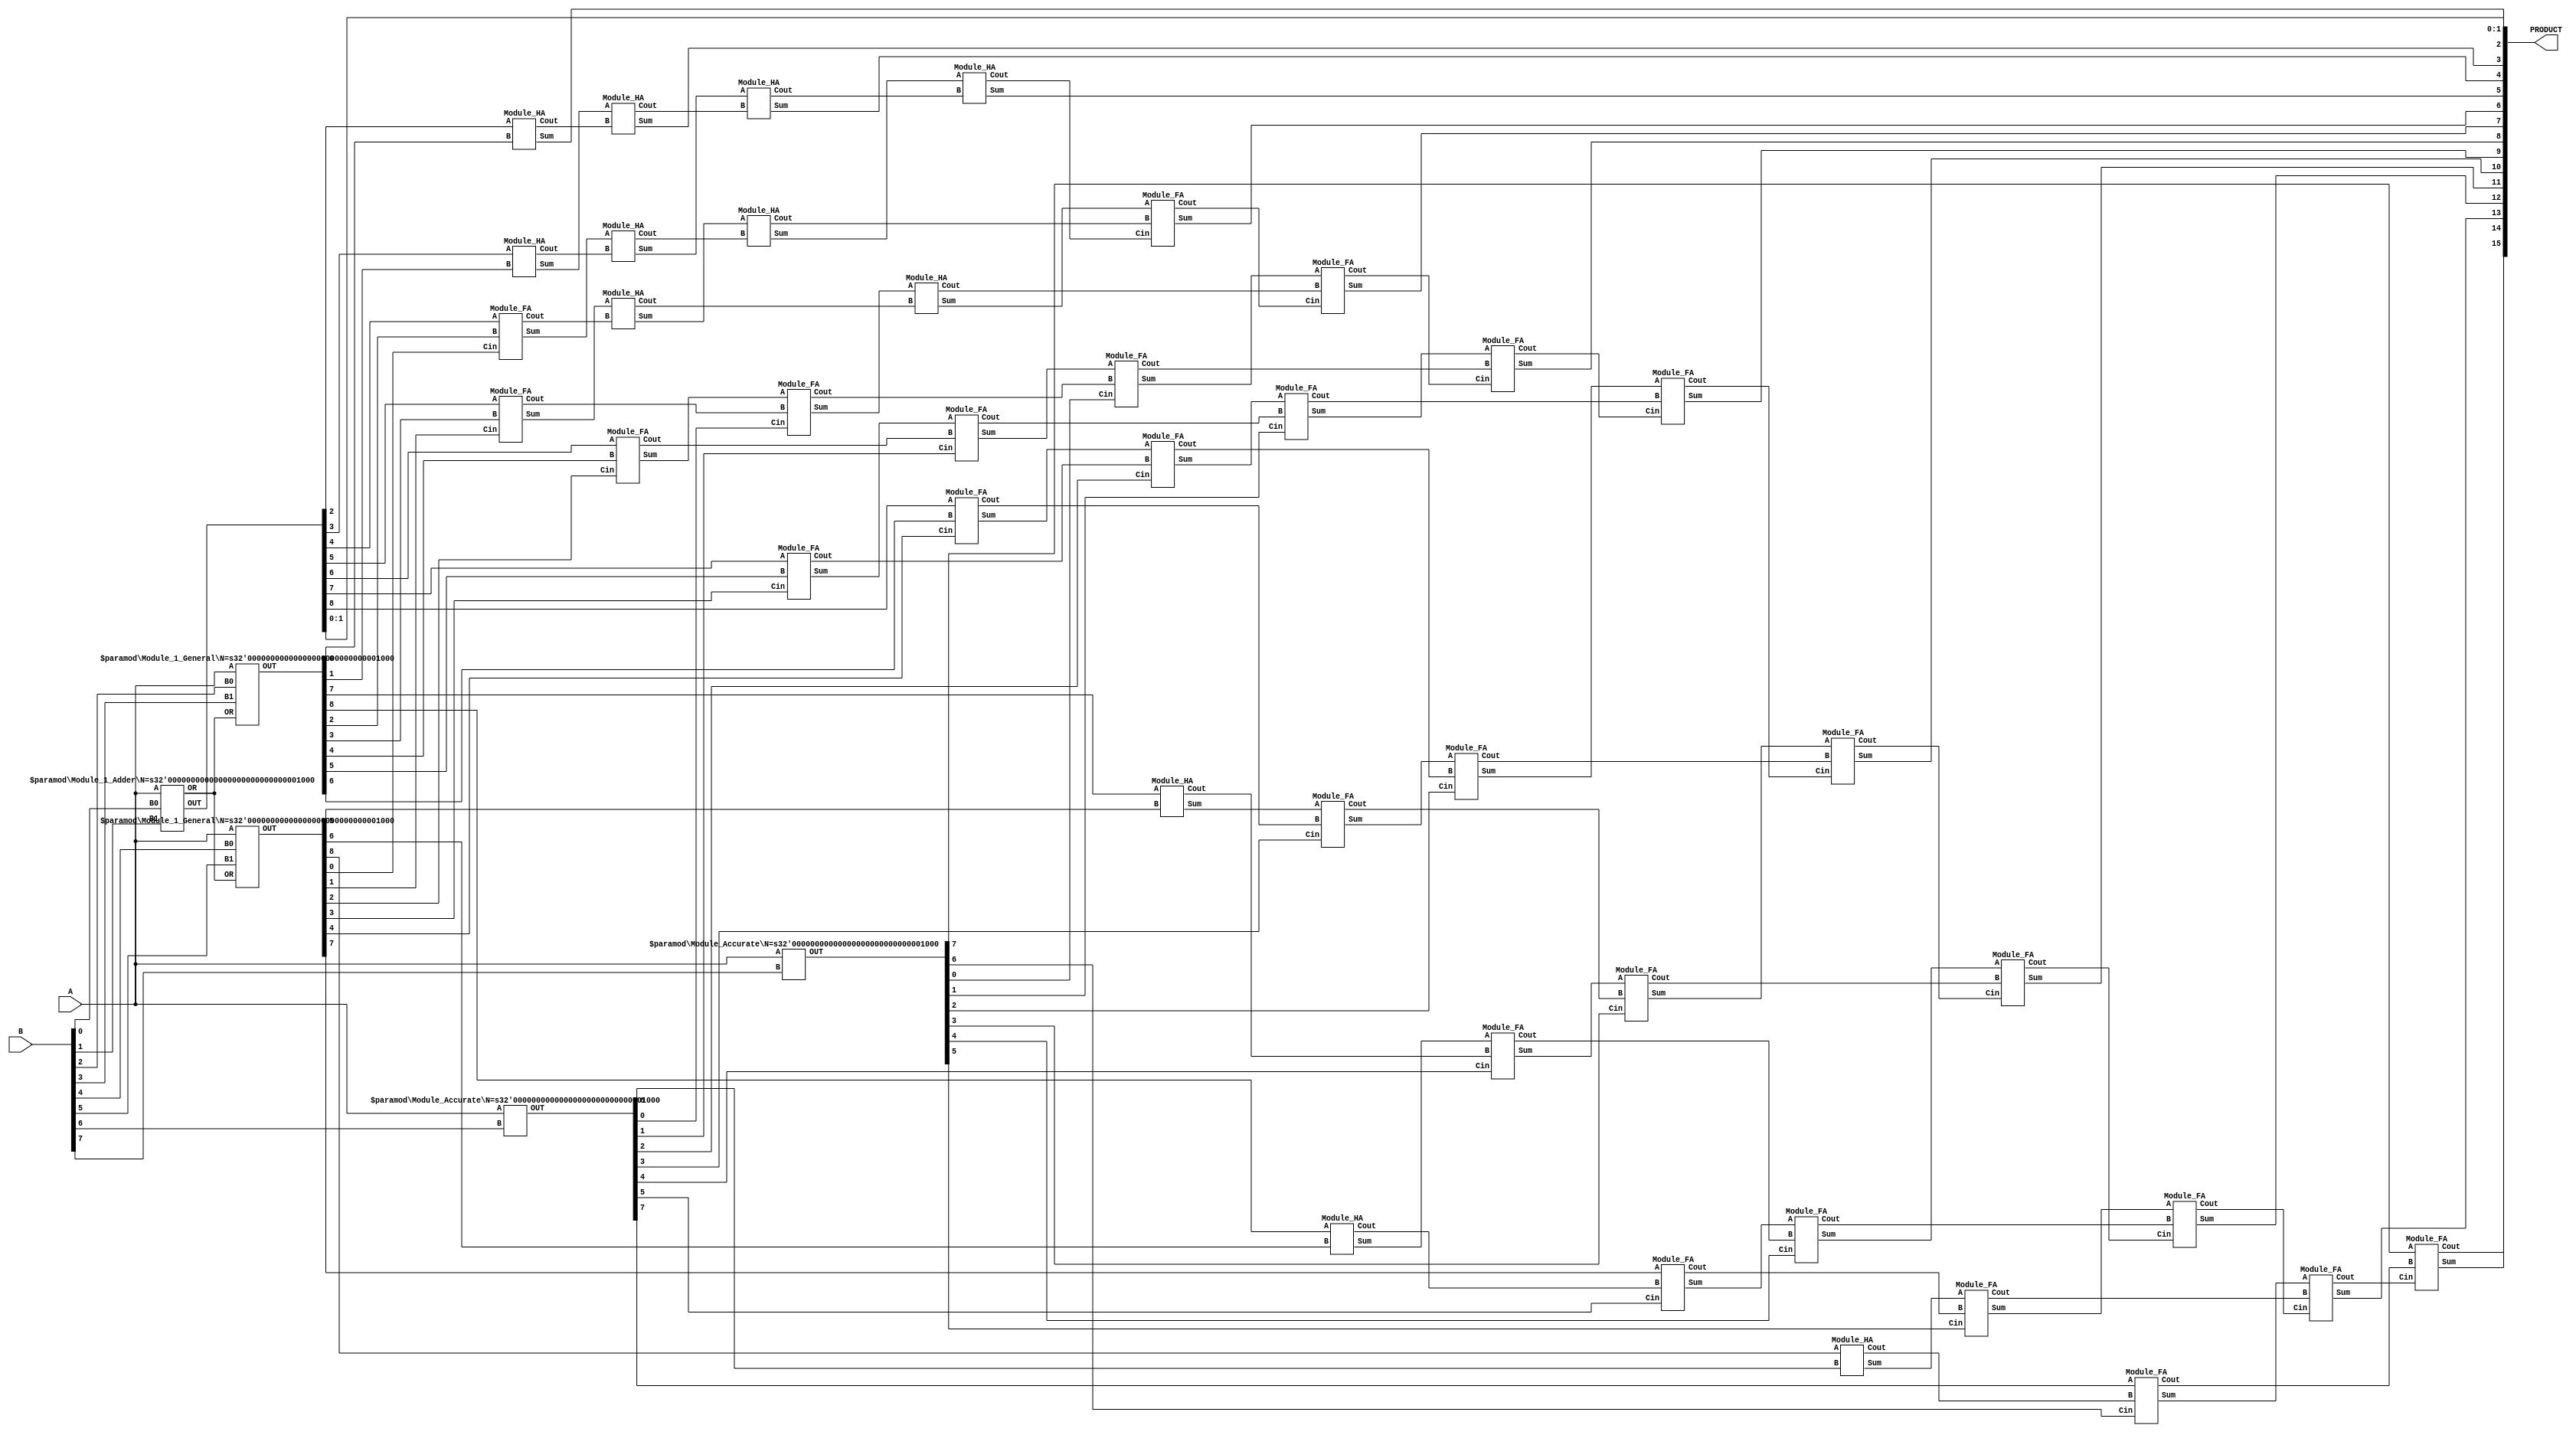
`timescale 1ns / 1ps

// Collaborators : Anil Kumar Uppugunduru, Kavya Radhakrishnan, Mythreye Venkatesan, Dr. Syed Ershad Ahmed
// Dependencies : Simple Testbench to generate simulation results if required
// Functionality : DeBAM verilog design sources to ascertain h/w utilization metrics
// TODO : Clean up code

// PARAMETERS DESCRIPTION
// N = Multiplier bitwidth
// M = Number of Accurate blocks (description in publication DeBAM)

module DeBAM_top #(parameter N=8, M=2)(A,B,PRODUCT);
    input [N-1:0] A;
    input [N-1:0] B;
    output [2*N-1:0] PRODUCT;

    wire [N-1:1] OR;
    wire [N:0] Out [(N-M)/2-1:0]   ;
    wire [N-1:0] Out_Acc [M-1:0]   ;
    wire [(N-M)/2-3+N:0] carry  ;     // Partial Product Reduction wires

    //  PARTIAL PRODUCT GENERATION (PPG) STAGE

    // ################### Seed Inaccurate Block #########################
    Module_1_Adder  #(N) A1  (A,B[0],B[1],OR,Out[0]); // Seed Block
    // Kept separate as it has OR logic

    // ##################### Inaccurate Blocks ###########################
        genvar i;
    generate
        for (i=1;i<(N-M)/2;i=i+1)
        begin
         Module_1_General #(N) Ax (A,B[i*2],B[i*2+1],OR,Out[i]);
        end
    endgenerate


    // ##################### Accurate Blocks ###########################

    generate
        for (i=0;i<M;i=i+1)
        begin
         Module_Accurate #(N) Ax (A,B[N-M+i],Out_Acc[i]);
        end
    endgenerate



    // PARTIAL PRODUCT REDUCTION (PPR) Stage

// Here the minimum number of Inaccurate blocks is 3 becaue this statement is always executed

    wire [N+2+(((N-M)/2)-3):0] inter_sum [((N-M)/2)-3+M:0]  ;
    wire [N+1+(((N-M)/2)-3):0] inter_carry [((N-M)/2)-3+M:0] ;
    //Partial product reduction - Stage 1
    assign PRODUCT[1:0] = Out[0][1:0];
    Module_HA H11 (Out[0][2],Out[1][0],inter_sum[0][0],inter_carry[0][0]);
    Module_HA H12 (Out[0][3],Out[1][1],inter_sum[0][1],inter_carry[0][1]);
    generate
        for (i=2;i<N-1;i=i+1)
        begin
         Module_FA F1x (Out[0][i+2],Out[1][i],Out[2][i-2],inter_sum[0][i],inter_carry[0][i]);
        end
    endgenerate

    Module_HA H13 (Out[1][N-1],Out[2][N-3],inter_sum[0][N-1],inter_carry[0][N-1]);
    Module_HA H14 (Out[1][N],Out[2][N-2],inter_sum[0][N],inter_carry[0][N]);
    assign inter_sum[0][N+2:N+1] = Out[2][N:N-1];

// Generic CSA blocks incase there are more than 3 inaccurate blocks
    genvar j,k;
        generate
        for (k=1;k<((N-M)/2)-2;k=k+1)
        begin
         assign PRODUCT [k+1] = inter_sum[k-1][0];
            for (j=1;j<k+3;j=j+1)
            begin
                 Module_HA Hx__ (inter_sum[k-1][j],inter_carry[k-1][j-1],inter_sum[k][j-1],inter_carry[k][j-1]);
            end
            for (i=k+3;i<k+N+1;i=i+1)
            begin
                 Module_FA F1x (inter_sum[k-1][i],inter_carry[k-1][i-1],Out[2+k][i-k-3],inter_sum[k][i-1],inter_carry[k][i-1]);
            end
            Module_HA Hx_int (inter_sum[k-1][k+N+1],Out[2+k][N-2],inter_sum[k][k+N],inter_carry[k][k+N]);
                assign inter_sum[k][k+N+2:k+N+1] = Out[2+k][N:N-1];
            end
    endgenerate

// Seed Accurate Block
    assign PRODUCT [((N-M)/2)-2+1] = inter_sum[(N-M)/2-3][0];
    for (j=1; j<(N-M)/2+1; j=j+1)
    begin
     Module_HA Hxa_ (inter_sum[(N-M)/2-3][j],inter_carry[(N-M)/2-3][j-1],inter_sum[(N-M)/2-2][j-1],inter_carry[(N-M)/2-2][j-1]);
    end
    for (i=(N-M)/2+1; i<(N-M)/2-3+N+2; i=i+1)
    begin
     Module_FA F1xa_ (inter_sum[(N-M)/2-3][i],inter_carry[(N-M)/2-3][i-1],Out_Acc[0][i-(N-M)/2-1],inter_sum[(N-M)/2-2][i-1],inter_carry[(N-M)/2-2][i-1]);
    end
    Module_HA Hxa_ (inter_sum[(N-M)/2-3][(N-M)/2-3+N+2],Out_Acc[0][N-2],inter_sum[(N-M)/2-2][(N-M)/2-3+N+2-1],inter_carry[(N-M)/2-2][(N-M)/2-3+N+2-1]);
    assign inter_sum [(N-M)/2-2][(N-M)/2-3+N+2] = Out_Acc[0][N-1];

// Generic Accurate CSA if More than 1 accurate block outputs are present
    generate
        for (k=1; k<M; k=k+1)
        begin
            assign PRODUCT [k+((N-M)/2)-2+1] = inter_sum[(N-M)/2-3+k][0];
            for (j=1; j<(N-M)/2+1; j=j+1)
            begin
             Module_HA Hxag_ (inter_sum[(N-M)/2-3+k][j],inter_carry[(N-M)/2-3+k][j-1],inter_sum[(N-M)/2-3+k+1][j-1],inter_carry[(N-M)/2-3+k+1][j-1]);
            end
            for (i=(N-M)/2+1; i<(N-M)/2-3+N+2+1; i=i+1)
            begin
             Module_FA F1xag_ (inter_sum[(N-M)/2-3+k][i],inter_carry[(N-M)/2-3+k][i-1],Out_Acc[k][i-(N-M)/2-1],inter_sum[(N-M)/2-2+k][i-1],inter_carry[(N-M)/2-2+k][i-1]);
            end
            assign inter_sum[(N-M)/2-2+k][(N-M)/2-3+N+2+1-1] = Out_Acc[k][N-1] ;
        end
    endgenerate



// Final product calculation using a ripple carry adder

    assign PRODUCT [M+((N-M)/2)-2+1] = inter_sum[(N-M)/2-3+M][0];
    Module_HA HAf (inter_sum[(N-M)/2-3+M][1],inter_carry[(N-M)/2-3+M][0],PRODUCT[M+((N-M)/2)-2+2],carry[0]);
    generate
        for(i=1;i<((N-M)/2-3+N+1);i=i+1)
            begin
            Module_FA FAf (inter_sum[(N-M)/2-3+M][i+1],inter_carry[(N-M)/2-3+M][i],carry[i-1],PRODUCT[M+((N-M)/2)-2+2+i],carry[i]);
            end
    endgenerate
    Module_FA FAfL (inter_sum[(N-M)/2-3+M][(N-M)/2-3+N+2],inter_carry[(N-M)/2-3+M][(N-M)/2-3+N+1],carry[(N-M)/2-3+N],PRODUCT[M+((N-M)/2)+(N-M)/2-3+N+1],PRODUCT[M+((N-M)/2)+(N-M)/2-3+N+1+1]);

endmodule


// ########################## Sub Modules ################################

// DeBAM Logic block with output OR logic (Reused in other Decoder logic blocks)
module Module_1_Adder #(parameter N=8)(A,B0,B1,OR,OUT);
    input [N-1:0] A;
    input B0;
    input B1;
    output [N-1:1] OR;
    output [N:0] OUT;

    wire NB0,NB1,aB,Ab,AB;            // always defined
    wire [N-1:0] G1;
    wire [N:1] G2;
    wire [N:0] G3;



    //Decoder part
    not X(NB0,B0);
    not Y(NB1,B1);
    and A0(aB,NB1,B0);
    and A1(Ab,B1,NB0);
    and A2(AB,B1,B0);

    //Case 01 outputs
    genvar i;
    generate
        for (i=0;i<N;i=i+1)
        begin
        and aBx (G1[i],aB,A[i]);
        end
    endgenerate


    //Case 10 outputs
    generate
        for (i=0;i<N;i=i+1)
        begin
        and Abx (G2[i+1],Ab,A[i]);
        end
    endgenerate


    //OR outputs for case 11
    generate
        for (i=1;i<N;i=i+1)
        begin
        or ORx (OR[i],A[i],A[i-1]);
        end
    endgenerate


    //Case 11 outputs
     and AB0(G3[0],AB,A[0]);
        generate
        for (i=1;i<N;i=i+1)
        begin
        and ABx (G3[i],AB,OR[i]);
        end
    endgenerate
    and AB8(G3[N],AB,A[N-1]);


    //Calculating final product of 8*2 block

    or outN(OUT[N],G2[N],G3[N]);

    generate
        for (i=1;i<N;i=i+1)
        begin
        or outx (OUT[i],G3[i],G2[i],G1[i]);
        end
    endgenerate


    or out0 (OUT[0],G3[0],G1[0]);

endmodule

// DeBAM Logic block with input OR logic (Reuses OR values from seed block)
module Module_1_General#(parameter N=8)(A,B0,B1,OR,OUT);
    input [N-1:0] A;
    input B0;
    input B1;
    input [N-1:1] OR;
    output [N:0] OUT;

    wire NB0,NB1,aB,Ab,AB;            // always defined
    wire [N-1:0] G1;
    wire [N:1] G2;
    wire [N:0] G3;


    //Decoder part

    not X(NB0,B0);
    not Y(NB1,B1);
    and A0(aB,NB1,B0);
    and A1(Ab,B1,NB0);
    and A2(AB,B1,B0);

    //Case 01 outputs
    genvar i;
    generate
        for (i=0;i<N;i=i+1)
        begin
        and aBx (G1[i],aB,A[i]);
        end
    endgenerate


    //Case 10 outputs
    generate
        for (i=0;i<N;i=i+1)
        begin
        and Abx (G2[i+1],Ab,A[i]);
        end
    endgenerate


    //Case 11 outputs

         and AB0(G3[0],AB,A[0]);
        generate
        for (i=1;i<N;i=i+1)
        begin
        and ABx (G3[i],AB,OR[i]);
        end
    endgenerate
    and AB8(G3[N],AB,A[N-1]);



    //Calculating final product of 8*2 block

    or outN(OUT[N],G2[N],G3[N]);

    generate
        for (i=1;i<N;i=i+1)
        begin
        or outx (OUT[i],G3[i],G2[i],G1[i]);
        end
    endgenerate

    or out0 (OUT[0],G3[0],G1[0]);


endmodule

// Single row accurate multiplier implementation
module Module_Accurate #(parameter N=8)(A,B,OUT);
    input [N-1:0] A;
    input B;
    output [N-1:0] OUT;

    genvar i;
    generate
        for (i=0;i<N;i=i+1)
        begin
        and ACCx (OUT[i],B,A[i]);
        end
    endgenerate


endmodule

// Half adder block designed with basic gates
module Module_HA(
    input A,
    input B,
    output Sum,
    output Cout
    );

    xor x1(Sum, A, B);
    and a1(Cout, A, B);

endmodule

// Full adder blocks designed with basic gates
module Module_FA(
    input A,
    input B,
    input Cin,
    output Sum,
    output Cout
    );

    wire w1,w2,w3;

    xor x1(w1, A, B);
    xor x2(Sum, w1, Cin);
    and a1(w3, Cin, w1);
    and a2(w2, A, B);
    or o1(Cout, w2, w3);
endmodule